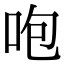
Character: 咆